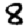
Digit: 8